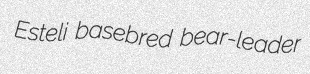
Esteli basebred bear-leader